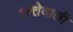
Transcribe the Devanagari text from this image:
छत्तेवाली